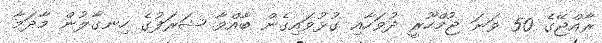
ރާއްޖޭގެ 50 ވަނަ ޖުމްހޫރީ ދުވަހާއި ގުޅުވައިގެން ބާއްވާ ޝަރަފުގެ ހިނގާލުން މާދަމާ